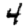
Digit: 4